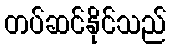
တပ်ဆင်နိုင်သည်